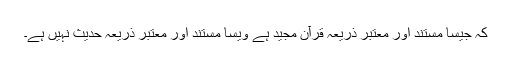
کہ جیسا مستند اور معتبر ذریعہ قرآن مجید ہے ویسا مستند اور معتبر ذریعہ حدیث نہیں ہے۔